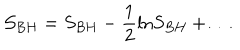
LaTeX: { \cal S } _ { B H } = S _ { B H } - \frac { 1 } { 2 } \mathrm { l n } S _ { B H } + \ldots